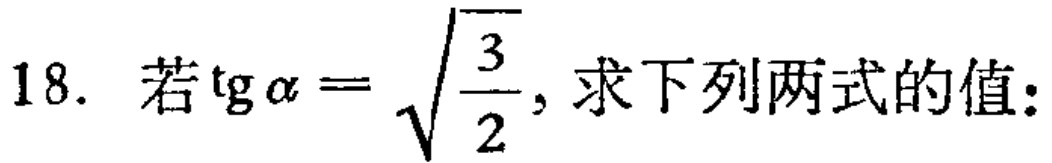
18. 若$\operatorname{tg}\alpha = \sqrt{\frac{3}{2}}$，求下列两式的值：